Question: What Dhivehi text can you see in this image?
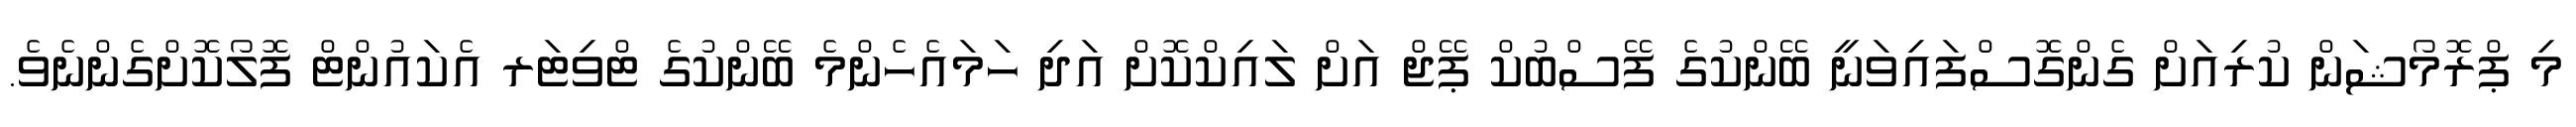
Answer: މި ޕްރޮމޯޝަން ކުރިއަށް ގެންގޮސްފައިވަނީ ބޭންކުގެ ފޭސްބުކް ޕޭޖް އަށް ލައިކްކޮށް އަދި ހަމައެހެންމެ ބޭންކުގެ ޓްވިޓަރ އެކައުންޓް ފޮލޯކޮށްގެންނެވެ.